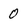
Character: 0